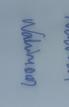
Signature authenticity: genuine